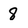
Character: 8